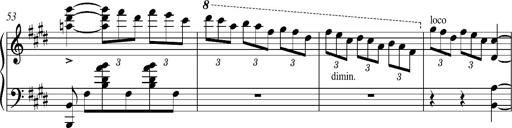
Title: Madrigal
Composer: Lucien Wurmser
Key: A major